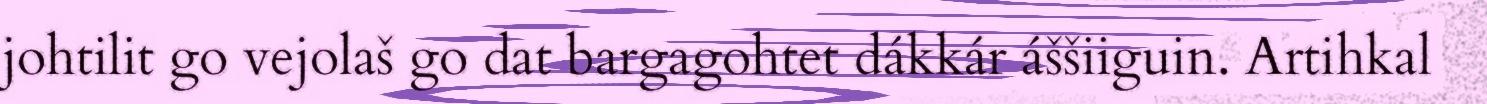
johtilit go vejolaš go dat bargagohtet dákkár áššiiguin. Artihkal